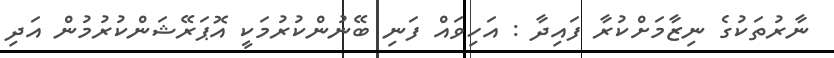
ނާރުތަކުގެ ނިޒާމަށްކުރާ ފައިދާ : އަހިވައް ފަނި ބޭނުންކުރުމަކީ އޮޕަރޭޝަންކުރުމުން އަދި